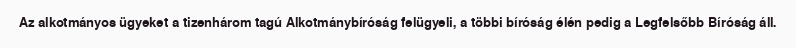
Az alkotmányos ügyeket a tizenhárom tagú Alkotmánybíróság felügyeli, a többi bíróság élén pedig a Legfelsőbb Bíróság áll.